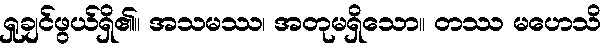
ရှုချင်ဖွယ်ရှိ၏။ အသမဿ၊ အတုမရှိသော။ တဿ မဟေသိ